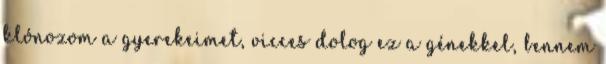
klónozom a gyerekeimet, vicces dolog ez a génekkel, bennem